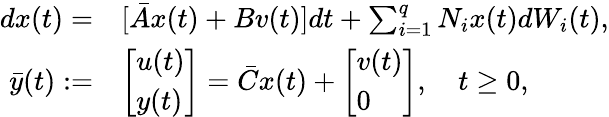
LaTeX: \begin{array}{rl}{dx(t)=}&{[\bar{A}x(t)+Bv(t)]dt+\sum_{i=1}^{q}N_{i}x(t)dW_{i}(t),}\\ {\bar{y}(t):=}&{\left[\begin{array}{l}{u(t)}\\ {y(t)}\end{array}\right]=\bar{C}x(t)+\left[\begin{array}{l}{v(t)}\\ {0}\end{array}\right],\quad t\geq 0,}\end{array}